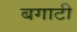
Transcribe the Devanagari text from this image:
बगाटी